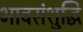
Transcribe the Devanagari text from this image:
भावसंशुद्धि